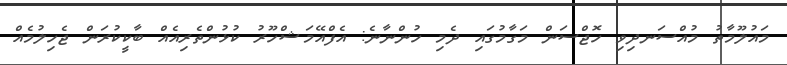
މައުލޫމާތު މުއްސަނދިވި ހޮޖްސަން މަގާމުގައި ދެމި ހުންނާނެ: އެފްއޭމަޝްހޫރު ކުޅުންތެރިއެއް ބާކީކުރަން ޖެހިލުމެއް